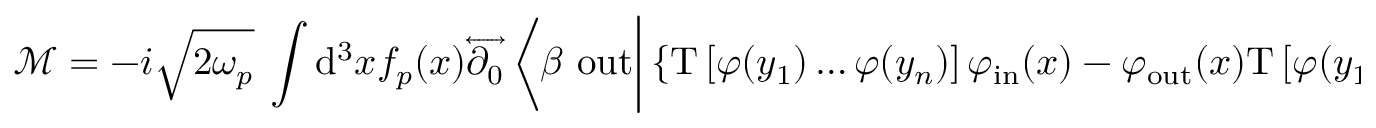
{ \mathcal { M } } = - i { \sqrt { 2 \omega _ { p } } } \ \int \mathrm { d } ^ { 3 } x f _ { p } ( x ) { \overleftrightarrow { \partial _ { 0 } } } \left\langle \beta \ \mathrm { o u t } { \bigg | } \left\{ \mathrm { T } \left[ \varphi ( y _ { 1 } ) \ldots \varphi ( y _ { n } ) \right] \varphi _ { \mathrm { i n } } ( x ) - \varphi _ { \mathrm { o u t } } ( x ) \mathrm { T } \left[ \varphi ( y _ { 1 } ) \ldots \varphi ( y _ { n } ) \right] \right\} { \bigg | } \alpha ^ { \prime } \ \mathrm { i n } \right\rangle